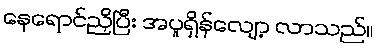
နေရောင်ညှိပြီး အပူရှိန်လျော့ လာသည်။